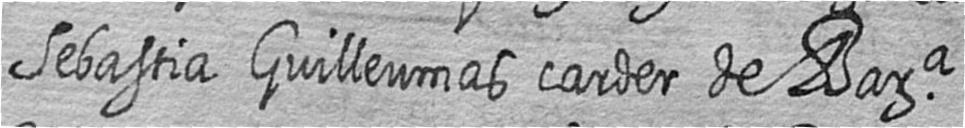
Sebastia Guilleumas carder de Bara